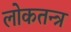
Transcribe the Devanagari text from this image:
लोकतन्‍त्र